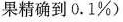
果精确到0.1%)